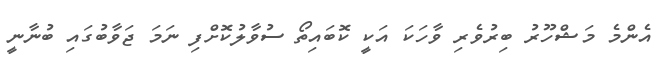
އެންމެ މަޝްހޫރު ބިރުވެރި ވާހަކަ އަކީ ކޮބައިތޯ ސުވާލުކޮށްފި ނަމަ ޖަވާބުގައި ބުނާނީ